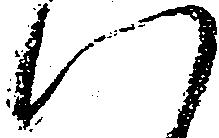
八